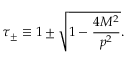
\tau _ { \pm } \equiv 1 \pm \sqrt { 1 - { \frac { 4 M ^ { 2 } } { p ^ { 2 } } } } .